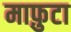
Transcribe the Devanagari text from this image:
माफ़ुटा